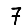
Digit: 7